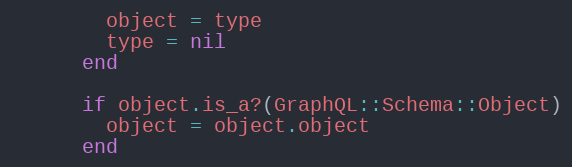
Language: Ruby
        object = type
        type = nil
      end

      if object.is_a?(GraphQL::Schema::Object)
        object = object.object
      end